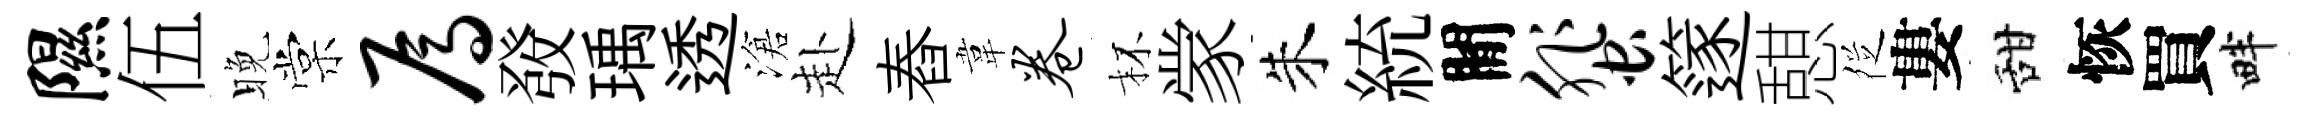
隰伍晚棠焉𤼲瑀透滄赴舂韋卷杯䝉朱統閒蜚篴憇徔婁甜恢買畔